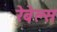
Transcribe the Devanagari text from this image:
रेबेल्स